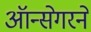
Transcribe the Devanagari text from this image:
ऑन्सेगरने